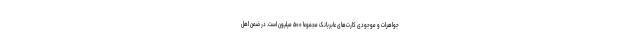
جواهرات و موجودی کارت‌های عابربانک مجموعا ۵۰۰ میلیون است. در ضمن اهل